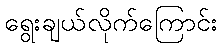
ရွေးချယ်လိုက်ကြောင်း